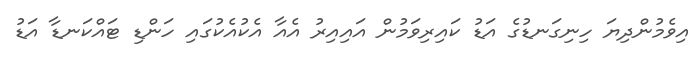
އިވެމުންދިޔަ ހިނިގަނޑުގެ އަޑު ކައިރިވަމުން އައިއިރު އެއާ އެކުއެކުގައި ހަންޑި ޓައްކަނޑާ އަޑު